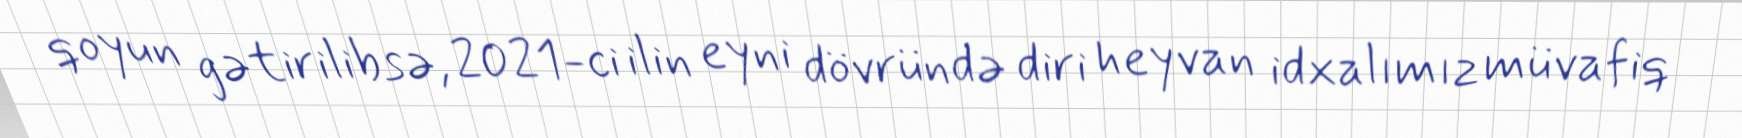
qoyun gətirilibsə, 2021-ci ilin eyni dövründə diri heyvan idxalımız müvafiq